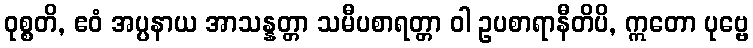
ဝုစ္စတိ, ဧဝံ အပ္ပနာယ အာသန္နတ္တာ သမီပစာရတ္တာ ဝါ ဥပစာရာနီတိပိ, ဣတော ပုဗ္ဗေ